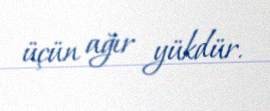
üçün ağır yükdür.